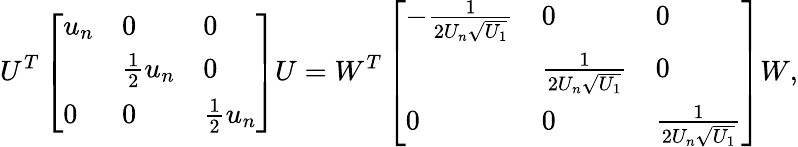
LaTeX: U^{T}\left[\begin{array}{lll}{u_{n}}&{0}&{0}\\ &{\frac{1}{2}u_{n}}&{0}\\ {0}&{0}&{\frac{1}{2}u_{n}}\end{array}\right]U=W^{T}\left[\begin{array}{lll}{-\frac{1}{2U_{n}\sqrt{U_{1}}}}&{0}&{0}\\ &{\frac{1}{2U_{n}\sqrt{U_{1}}}}&{0}\\ {0}&{0}&{\frac{1}{2U_{n}\sqrt{U_{1}}}}\end{array}\right]W,